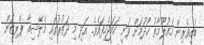
ބައިވެރިން މަޢުލޫމާތު ހޯދުމަށް ވަނީ ހަމަޖެހިފައެވެ. އަދި މި ދަތުރުގައި މެލޭޝިއާ ޕްރިޒަން